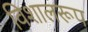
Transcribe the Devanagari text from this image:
विशालरूप